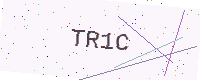
Text: TR1C